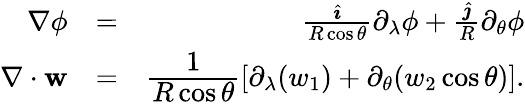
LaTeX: \begin{array}{rlr}{\nabla\phi}&{=}&{\frac{\hat{\boldsymbol\imath}}{R\cos\theta}\partial_{\lambda}\phi+\frac{\hat{\boldsymbol\jmath}}{R}\partial_{\theta}\phi}\\ {\nabla\cdot\mathbf{w}}&{=}&{\cfrac{1}{R\cos\theta}\left[\partial_{\lambda}(w_{1})+\partial_{\theta}(w_{2}\cos\theta)\right].}\end{array}